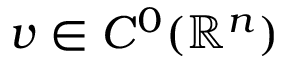
v \in C ^ { 0 } ( \mathbb { R } ^ { n } )